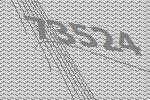
73524